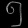
Digit: ၅